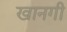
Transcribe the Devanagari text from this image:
खानगी